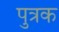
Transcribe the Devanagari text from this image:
पुत्रक